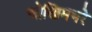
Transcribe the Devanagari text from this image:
जोखिमभरे